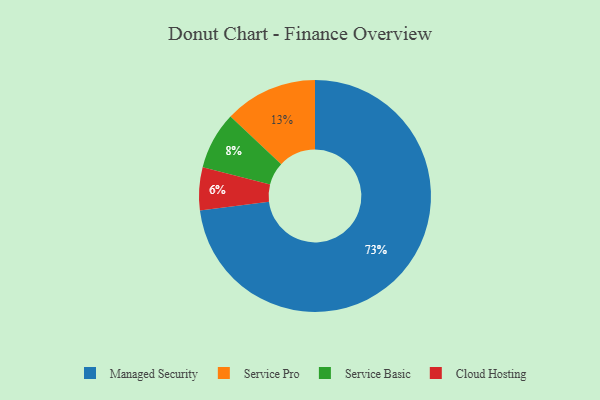
{"axis": {"x": "Category", "y": "Percentage"}, "legend": ["Cloud Hosting", "Managed Security", "Service Basic", "Service Pro"], "data": [{"x": "Service Pro", "y": 13, "type": "Service Pro"}, {"x": "Service Basic", "y": 8, "type": "Service Basic"}, {"x": "Managed Security", "y": 73, "type": "Managed Security"}, {"x": "Cloud Hosting", "y": 6, "type": "Cloud Hosting"}]}